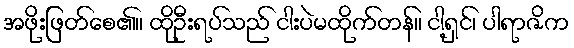
အဖိုးဖြတ်စေ၏။ ထိုဦးရပ်သည် ငါးပဲမထိုက်တန်။ ငါ့ရှင်၊ ပါရာဇိက